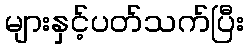
များနှင့်ပတ်သက်ပြီး